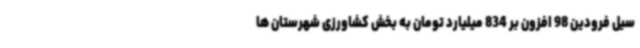
سیل فرودین 98 افزون بر 834 میلیارد تومان به بخش کشاورزی شهرستان ها